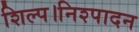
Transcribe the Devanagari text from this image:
शिल्प।निश्पादन